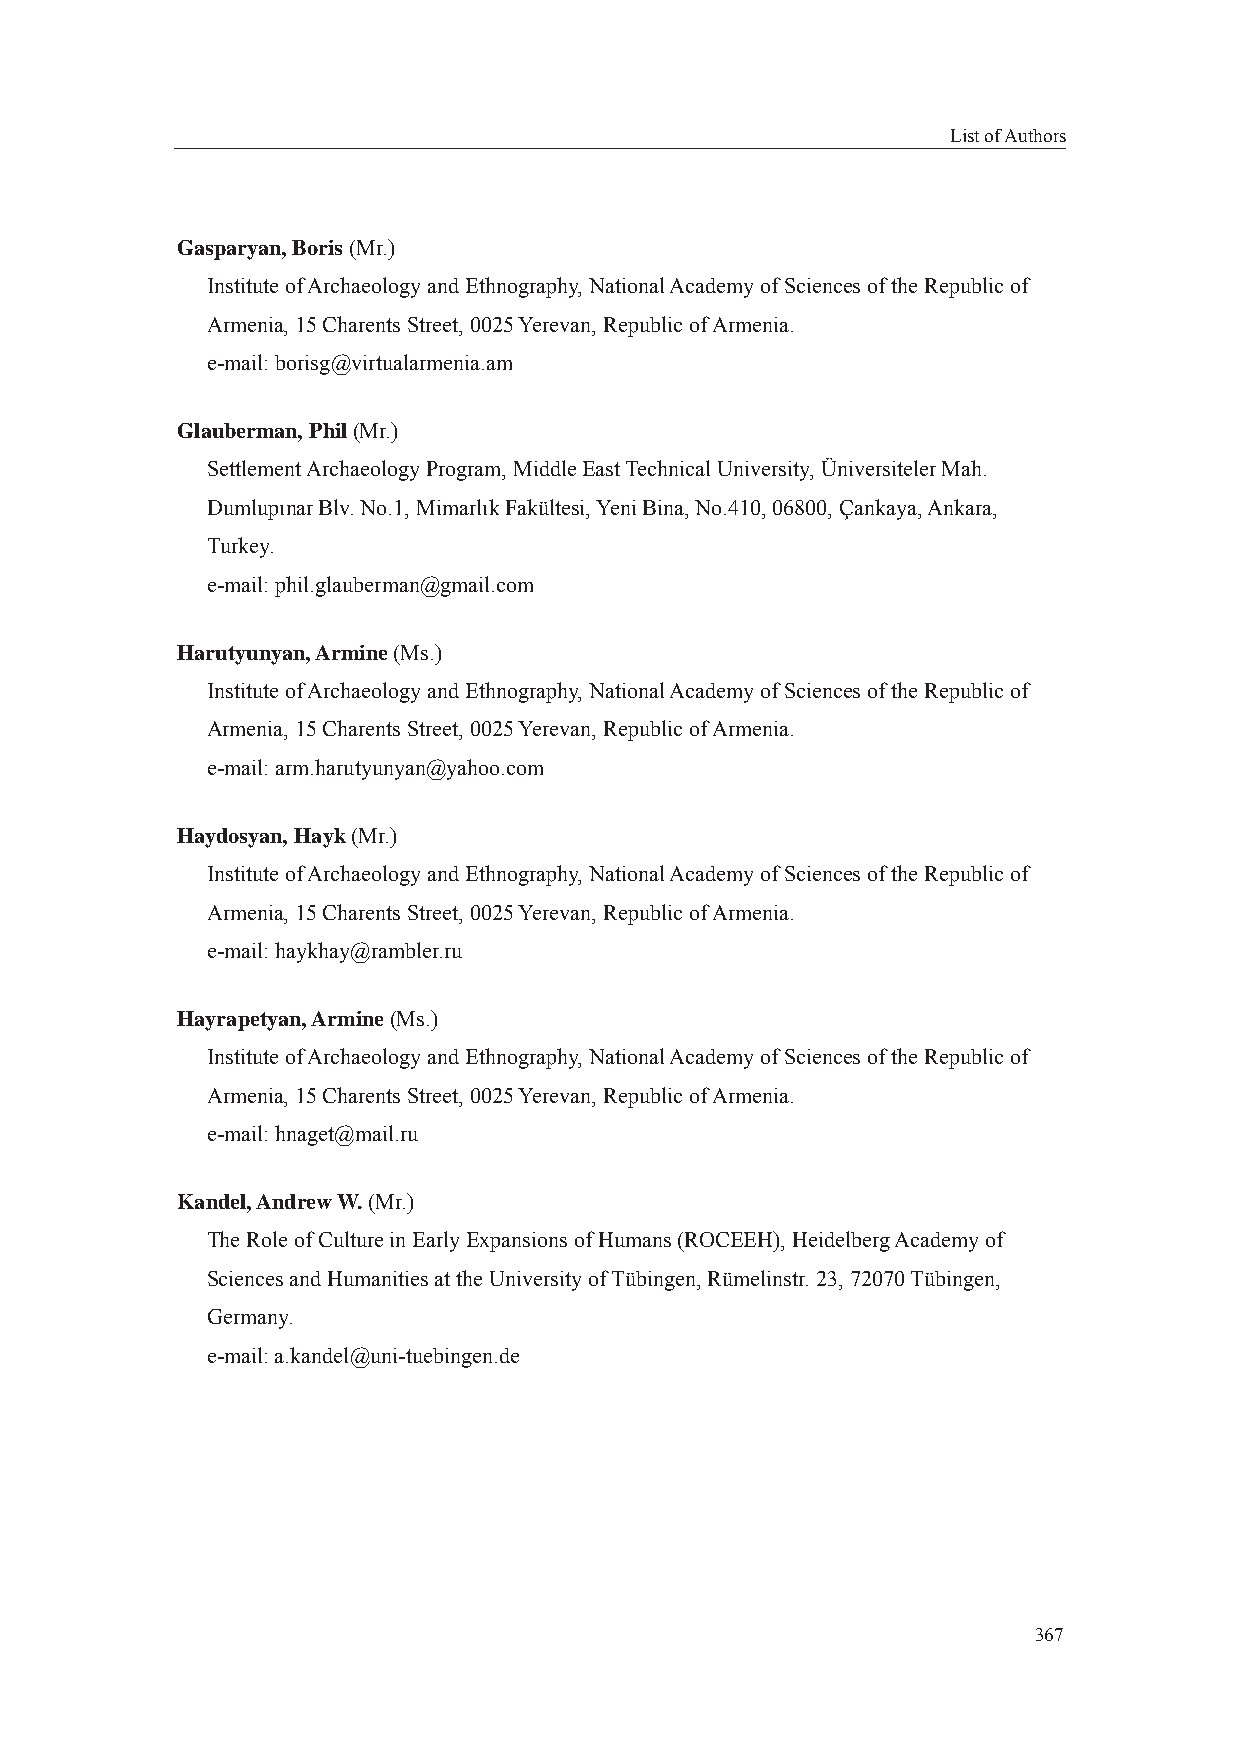
List of Authors
 Gasparyan, Boris (Mr.)
 Institute of Archaeology and Ethnography, National Academy of Sciences of the Republic of
 Armenia, 15 Charents Street, 0025 Yerevan, Republic of Armenia.
 e-mail: borisg@virtualarmenia.am
 Glauberman, Phil (Mr.)
 Settlement Archaeology Program, Middle East Technical University, Üniversiteler Mah.
 Dumlupınar Blv. No.1, Mimarlık Fakültesi, Yeni Bina, No.410, 06800, Çankaya, Ankara,
 Turkey.
 e-mail: phil.glauberman@gmail.com
 Harutyunyan, Armine (Ms.)
 Institute of Archaeology and Ethnography, National Academy of Sciences of the Republic of
 Armenia, 15 Charents Street, 0025 Yerevan, Republic of Armenia.
 e-mail: arm.harutyunyan@yahoo.com
 Haydosyan, Hayk (Mr.)
 Institute of Archaeology and Ethnography, National Academy of Sciences of the Republic of
 Armenia, 15 Charents Street, 0025 Yerevan, Republic of Armenia.
 e-mail: haykhay@rambler.ru
 Hayrapetyan, Armine (Ms.)
 Institute of Archaeology and Ethnography, National Academy of Sciences of the Republic of
 Armenia, 15 Charents Street, 0025 Yerevan, Republic of Armenia.
 e-mail: hnaget@mail.ru
 Kandel, Andrew W. (Mr.)
 The Role of Culture in Early Expansions of Humans (ROCEEH), Heidelberg Academy of
 Sciences and Humanities at the University of Tübingen, Rümelinstr. 23, 72070 Tübingen,
 Germany.
 e-mail: a.kandel@uni-tuebingen.de
 367